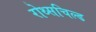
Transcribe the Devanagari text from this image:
रोथ्सचिल्ड